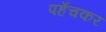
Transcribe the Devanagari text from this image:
पहँचकर